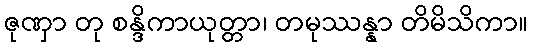
ဇုဏှာ တု စန္ဒိကာယုတ္တာ၊ တမုဿန္နာ တိမိသိကာ။